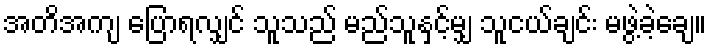
အတိအကျ ပြောရလျှင် သူသည် မည်သူနှင့်မျှ သူငယ်ချင်း မဖွဲ့ခဲ့ချေ။